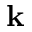
\mathbf { k }